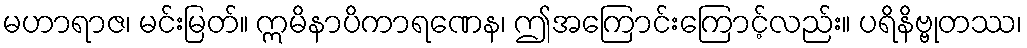
မဟာရာဇ၊ မင်းမြတ်။ ဣမိနာပိကာရဏေန၊ ဤအကြောင်းကြောင့်လည်း။ ပရိနိဗ္ဗုတဿ၊